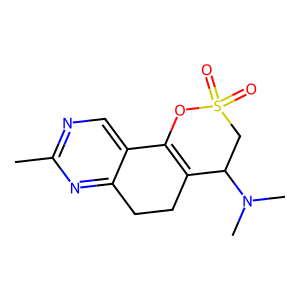
SMILES: Cc1ncc2c(n1)CCC1=C2OS(=O)(=O)CC1N(C)C
Inhibits HIV replication: No